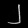
Digit: ၂